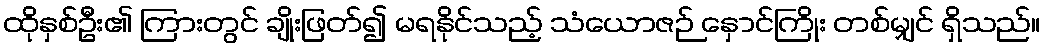
ထိုနှစ်ဦး၏ ကြားတွင် ချိုးဖြတ်၍ မရနိုင်သည့် သံယောဇဉ် နှောင်ကြိုး တစ်မျှင် ရှိသည်။